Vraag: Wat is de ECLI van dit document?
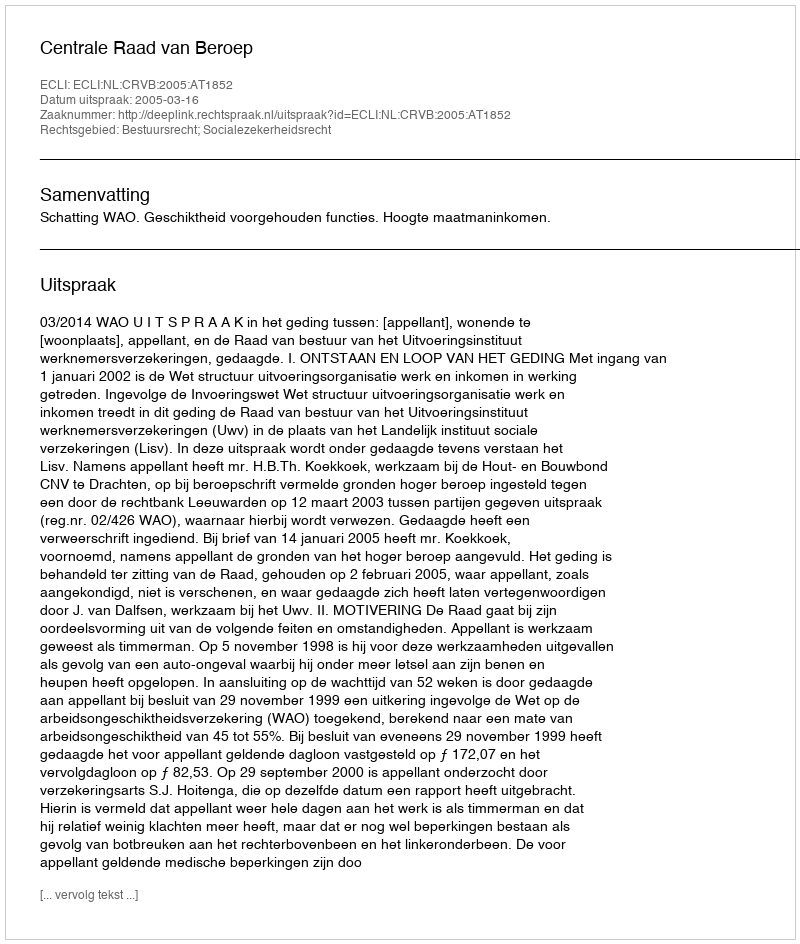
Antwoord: ECLI:NL:CRVB:2005:AT1852